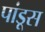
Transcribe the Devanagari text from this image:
पांडूस